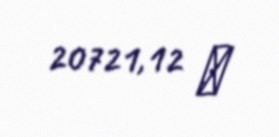
20721,12 ₼